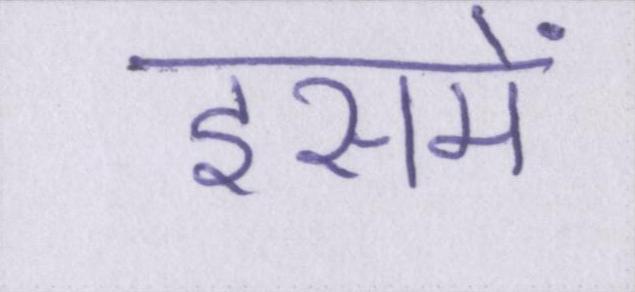
इसमें